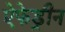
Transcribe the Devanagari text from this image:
ऐफेड्रीन